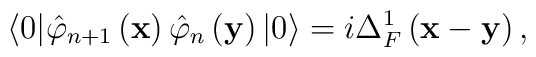
\langle 0|\hat{\varphi}_{n+1}\left( \mathbf{x}\right) \hat{\varphi}_n\left( \mathbf{y}\right) |0\rangle =i\Delta _F^1\left( \mathbf{x-y}\right) ,